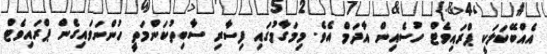
އެއްބޭކަލަކީ ޕްރައިވެޓް ހުސެއިން އާދަމް އެވެ. މިމަގާމުގައި ފިސާރި ސާބިތުކަންމަތީ ހުންނަވައިގެން ޕްރައިވެޓް